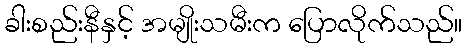
ခါးစည်းနီနှင့် အမျိုးသမီးက ပြောလိုက်သည်။